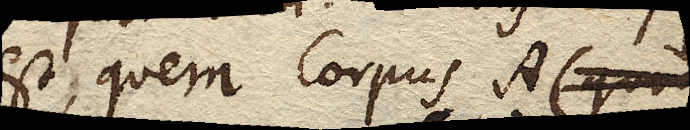
est; quem Corpus A (quod